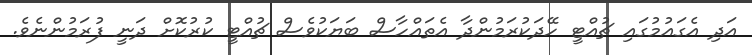
އަދި އެގައުމުގައި ޗުއްޓީ ހޭދަކުރަމުންދާ އެތައްހާސް ބަޔަކުވެސް ޗުއްޓީ ކުރުކޮށް ދަނީ ފުރަމުންނެވެ.